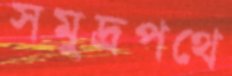
সমুদ্রপথে